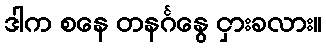
ဒါက စနေ တနင်္ဂနွေ ငှားခလား။